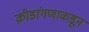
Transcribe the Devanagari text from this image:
क्रीडांगणाकडून